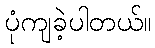
ပုံကျခဲ့ပါတယ်။